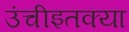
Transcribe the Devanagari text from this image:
उंचीइतक्या